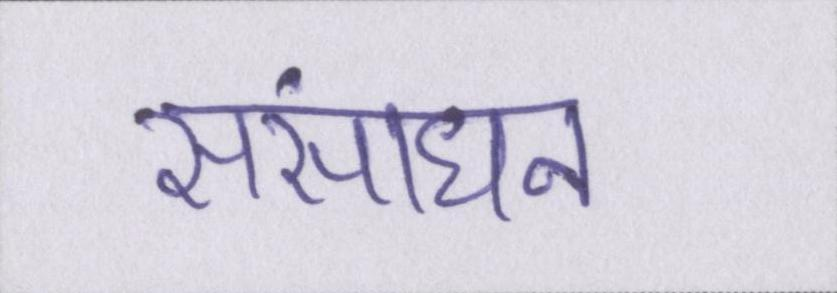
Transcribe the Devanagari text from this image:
संसाधन